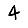
Digit: 4